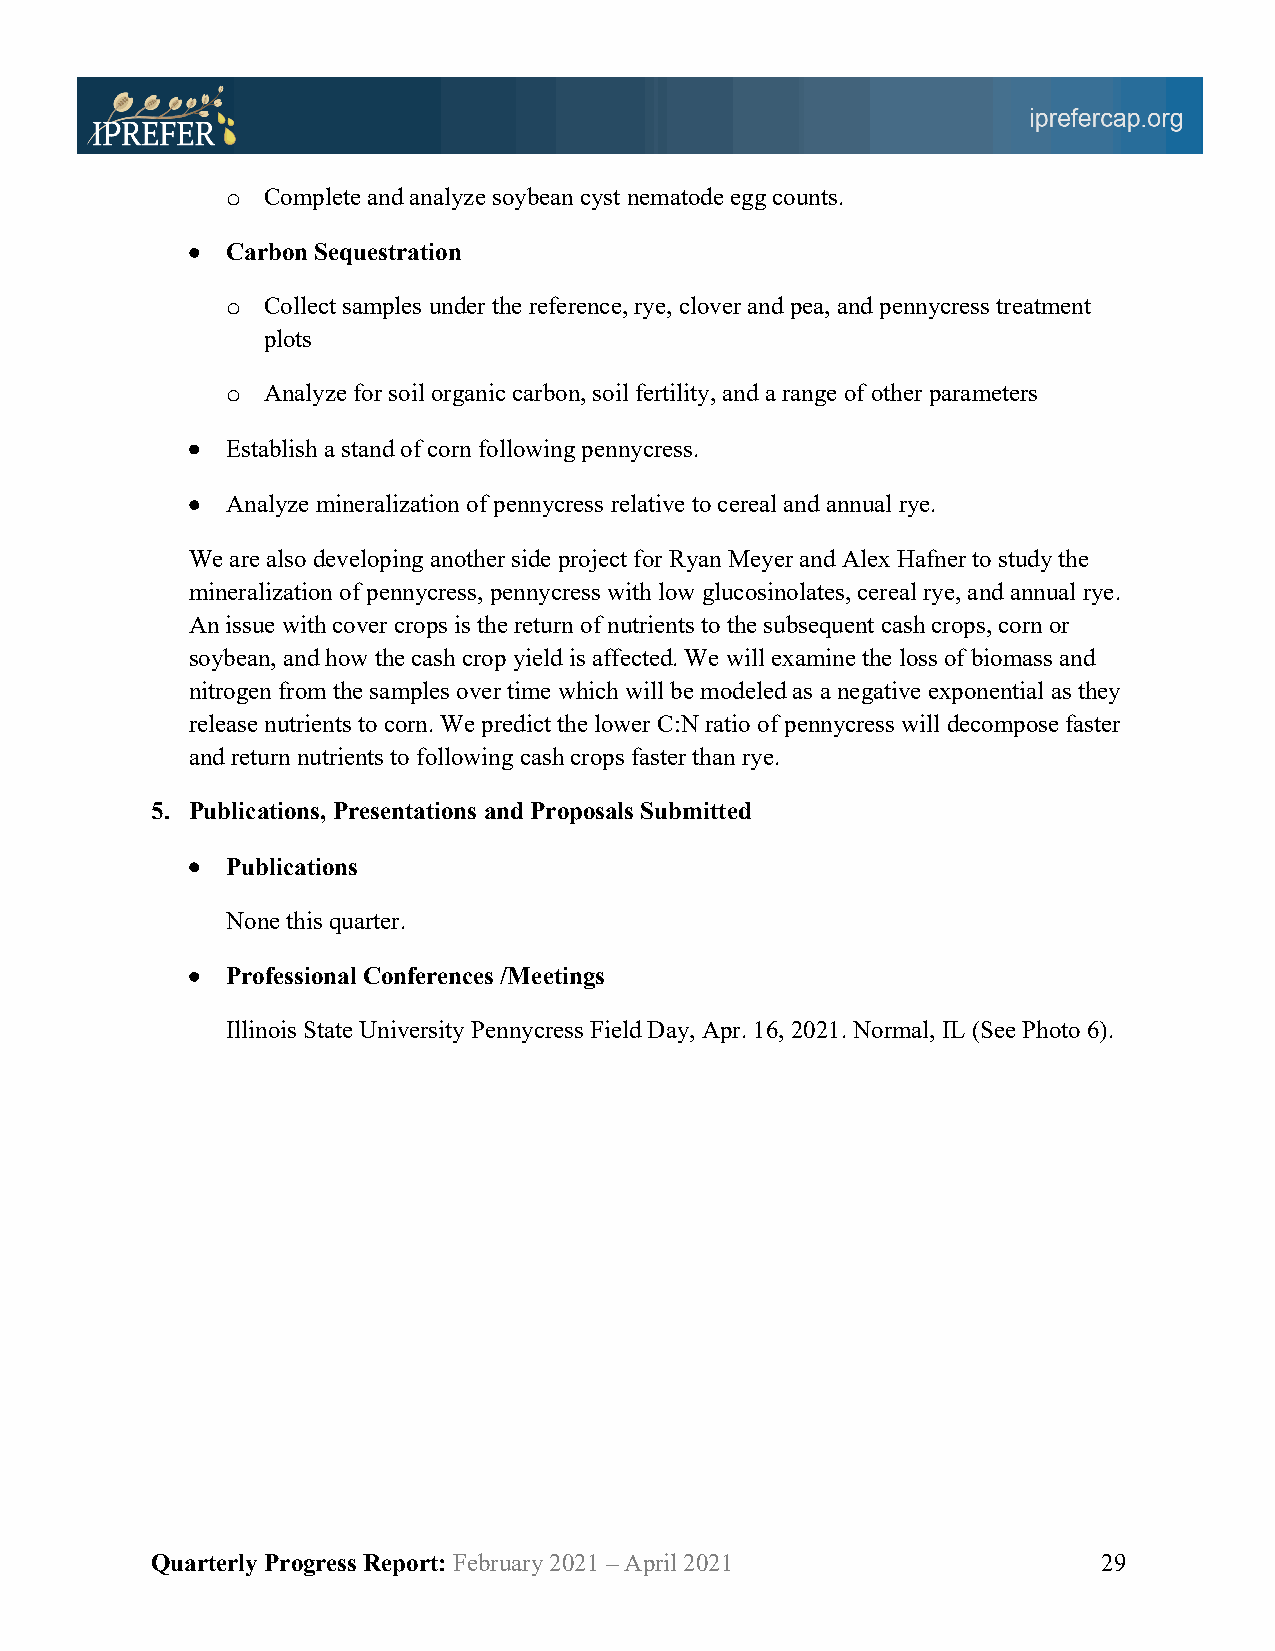
o Complete and analyze soybean cyst nematode egg counts.
 •  Carbon Sequestration
 o Collect samples under the reference, rye, clover and pea, and pennycress treatment
 plots
 o Analyze for soil organic carbon, soil fertility, and a range of other parameters
 •  Establish a stand of corn following pennycress.
 •  Analyze mineralization of pennycress relative to cereal and annual rye.
 We are also developing another side project for Ryan Meyer and Alex Hafner to study the
 mineralization of pennycress, pennycress with low glucosinolates, cereal rye, and annual rye.
 An issue with cover crops is the return of nutrients to the subsequent cash crops, corn or
 soybean, and how the cash crop yield is affected. We will examine the loss of biomass and
 nitrogen from the samples over time which will be modeled as a negative exponential as they
 release nutrients to corn. We predict the lower C:N ratio of pennycress will decompose faster
 and return nutrients to following cash crops faster than rye.
 5. Publications, Presentations and Proposals Submitted
 •  Publications
 None this quarter.
 •  Professional Conferences /Meetings
 Illinois State University Pennycress Field Day, Apr. 16, 2021. Normal, IL (See Photo 6).
 Quarterly Progress Report: February 2021 – April 2021          29